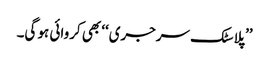
’’پلاسٹک سرجری‘‘ بھی کروائی ہو گی۔